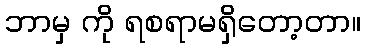
ဘာမှ ကို ရစရာမရှိတော့တာ။